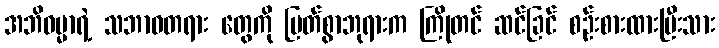
အဘိဓမ္မာရဲ့ သဘာဝတရား တွေကို မြတ်စွာဘုရားက ကြိုတင် ဆင်ခြင် စဉ်းစားထားပြီးသား